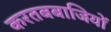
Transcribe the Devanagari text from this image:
करतबबाजियों